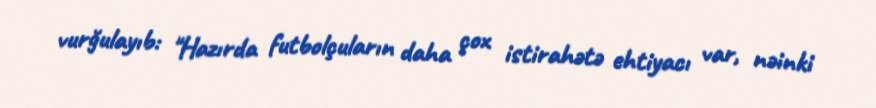
vurğulayıb: "Hazırda futbolçuların daha çox istirahətə ehtiyacı var, nəinki